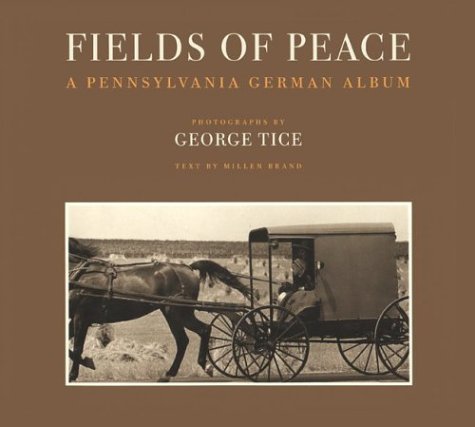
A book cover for Fields of Peace: A Pennsylvania German Album; Christian Books & Bibles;